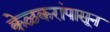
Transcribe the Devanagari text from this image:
केळकरांपासून